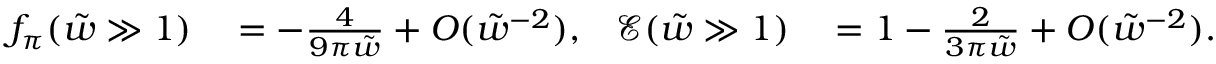
\begin{array} { r l r l } { f _ { \pi } ( \tilde { w } \gg 1 ) } & { { } = - \frac { 4 } { 9 \pi \tilde { w } } + O ( \tilde { w } ^ { - 2 } ) , } & { \mathcal { E } ( \tilde { w } \gg 1 ) } & { { } = 1 - \frac { 2 } { 3 \pi \tilde { w } } + O ( \tilde { w } ^ { - 2 } ) . } \end{array}